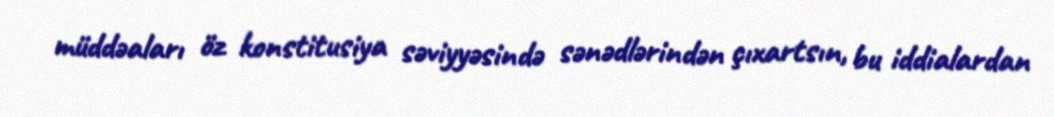
müddəaları öz konstitusiya səviyyəsində sənədlərindən çıxartsın, bu iddialardan